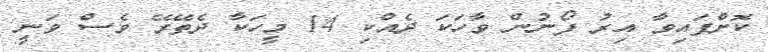
ކޮށްފައިވާ އިރު ފޯނުން ވާހަކަ ދެއްކި 14 މީހަކާ ދެތޭރޭ ވެސް ވަނީ